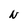
Character: N